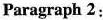
Paragraph 2: